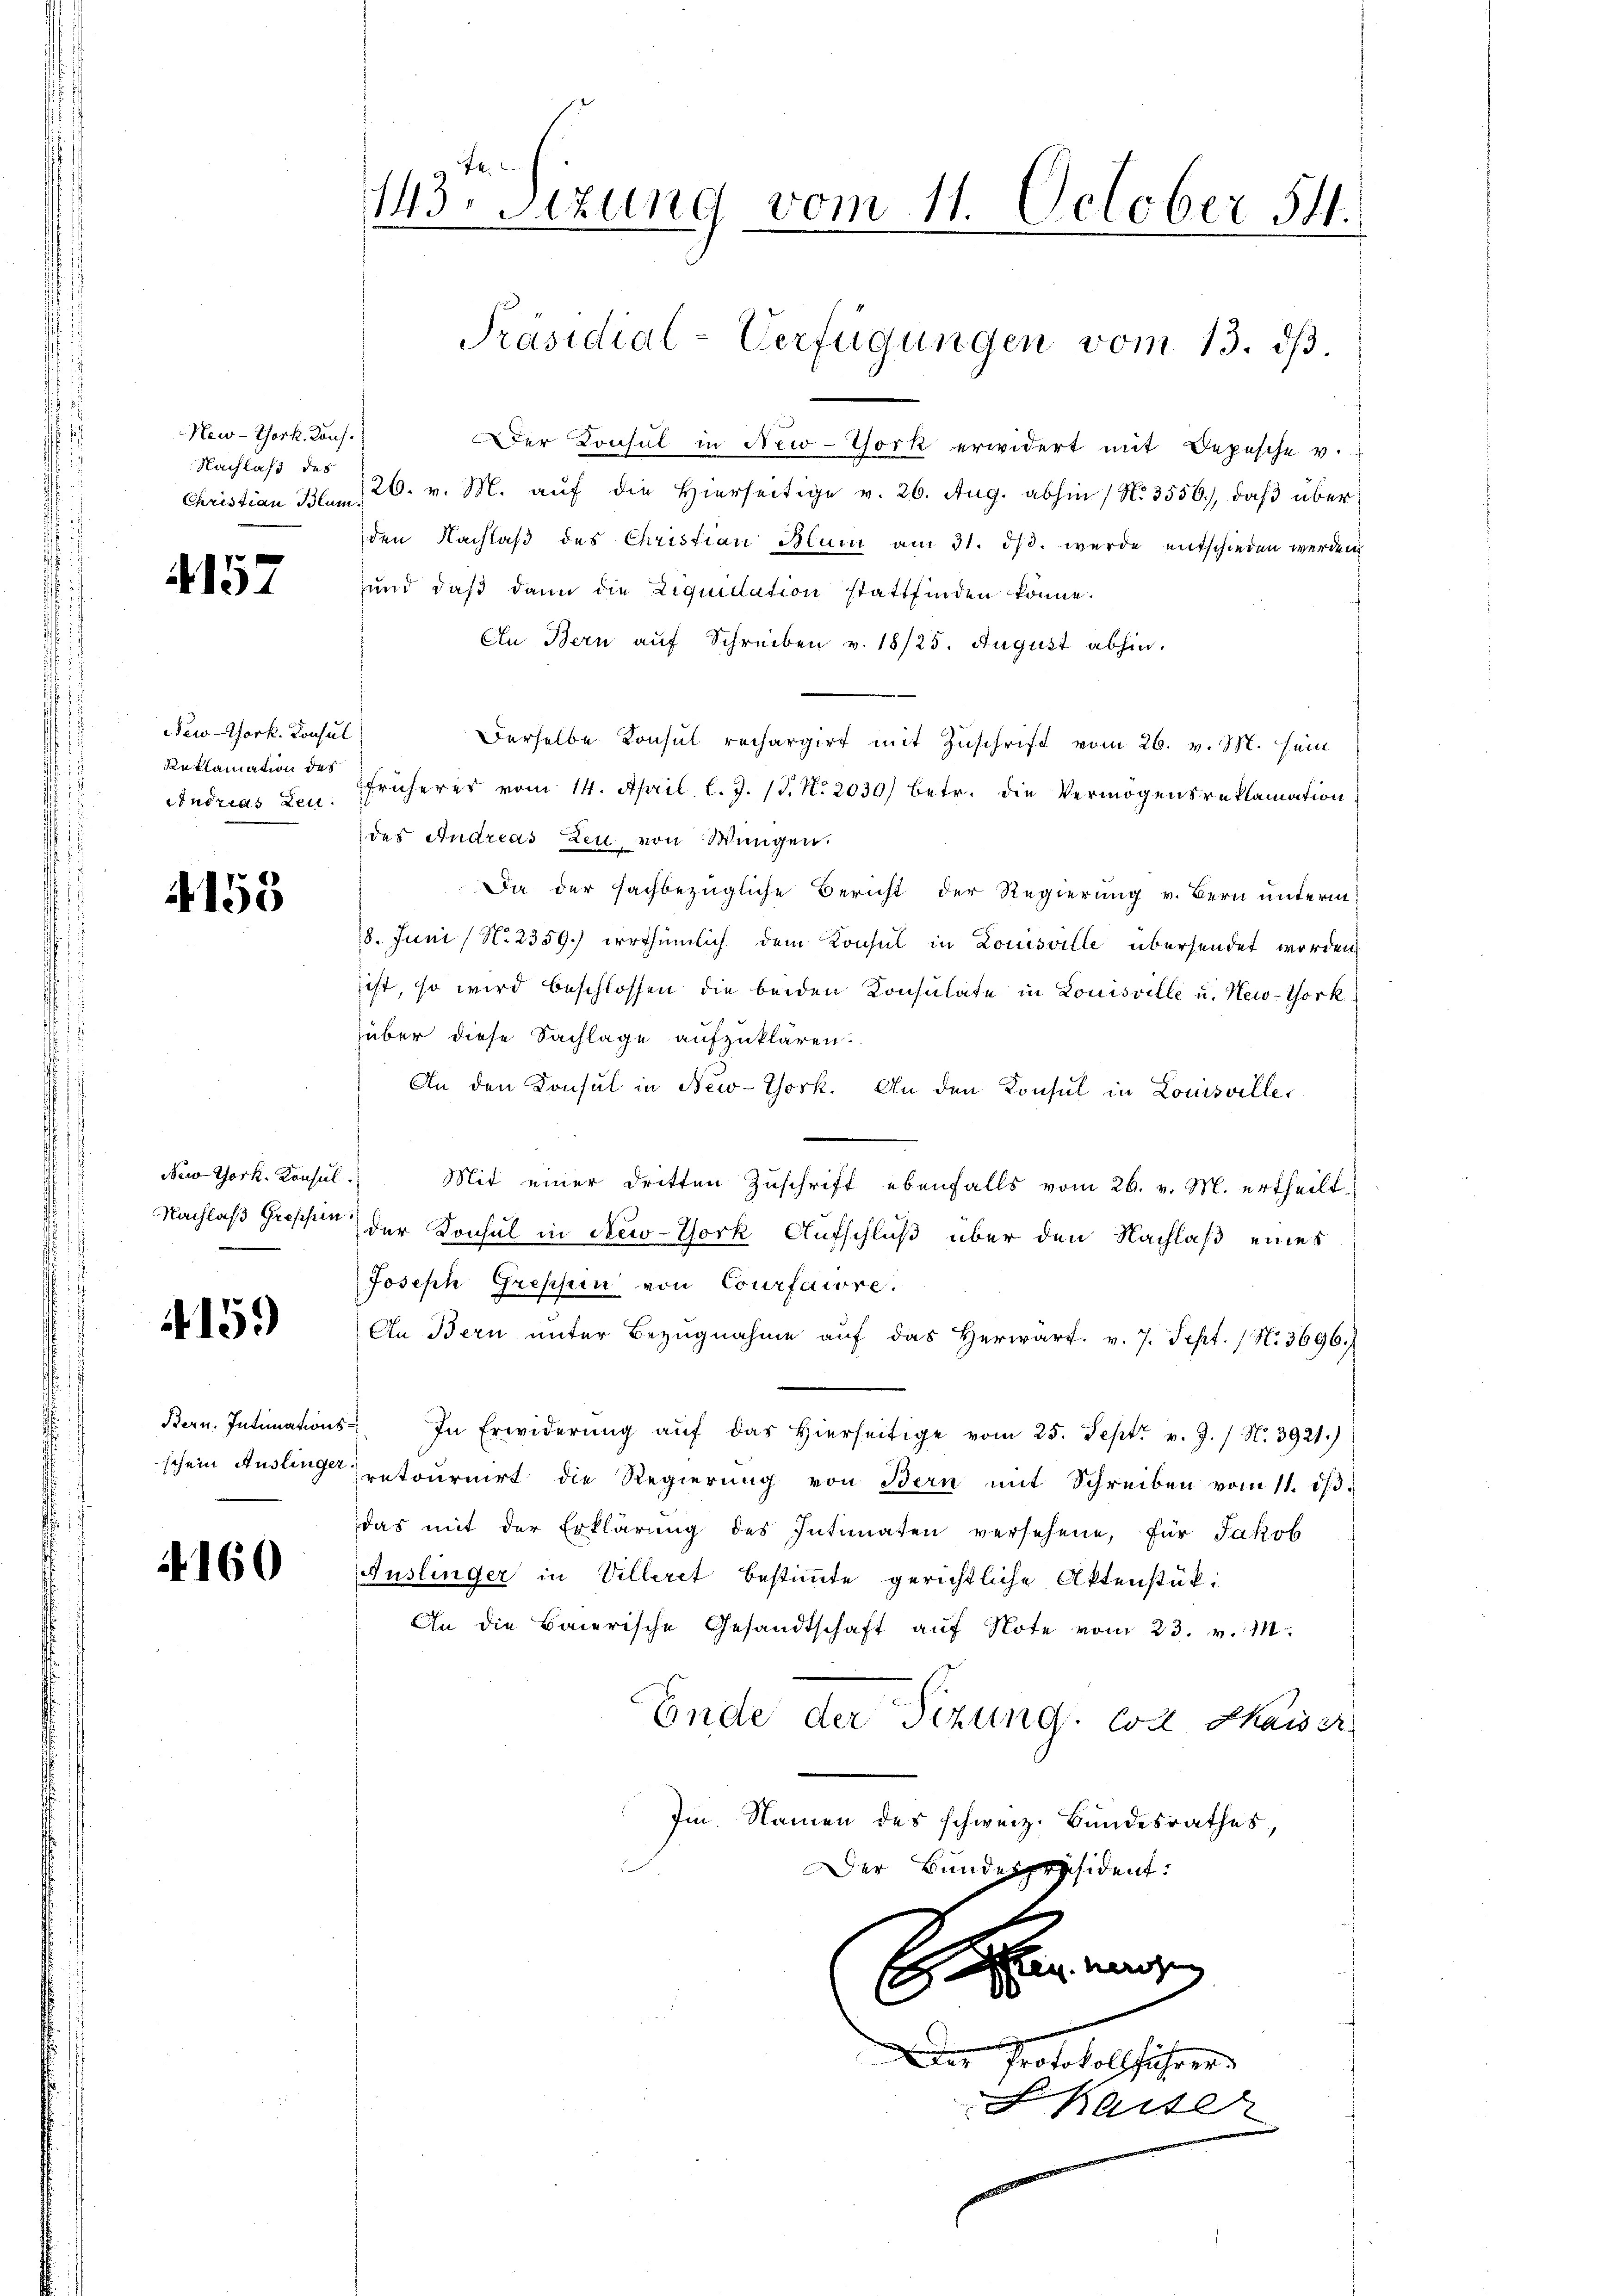
New-York. Kons.
Nachlass des

4157

New-York. Konsul
Senklamation des
Andrias Leu

4153

New-York. Konsul

4159

4160

143. Sitzung vom 11. October 54.

Der Konsul in New-York erwidert mit Depesche v.
Christian Blum, 26. v. M. auf die Hierseitige v. 26. Aug. abhin (No. 3556), daß über
den Nachlaβ des Christian Blum am 31. dβ. werde entschieden werden
und daß dann die Liquidation stattfinden könne.
En Bern auf Schreiben v. 18/25. August abhin.
Derselbe Konsul rechargirt mit Zuschrift vom 26. v. 18. sein
früheres vom 14. April l. J. 17. No. 2030) betr. die Vermögensreklamation
des Andreas Zeu, von Wangen.
Da der sachbezügliche Bericht der Regierung v. Bern unterm
18. Juni / N. 2359.) irrthümlich dem Konsul in Louisville übersendet worden
ist, so wird beschlossen die beiden Konsulate in Louisville u. New-York
über diese Sachlage aufzuklären.
An den Konsul in New-York. An den Konsul in Louisville¬
Mit einer dritten Zuschrift ebenfalls vom 26. v. M. ertheilt.
Nachlaß grosse der Konsul in New-York Aufschluß über den Nachlaß eines
Joseph Gressin von Courfaire.
An Bern unter Bezŭgnahme auf das Herwart. v. 7. Sept. (N. 3696.
Bern. Intimations- In Erwiderŭng aŭf das hierseitige vom 25. Sept. v. J. / N. 3921.)
schein Auslinge retournirt die Regierung von Bern mit Schreiben vom 11. ds.
das mit der Erklärŭng des Intimaten versehene, für Jakob
Auslinger in Villeret bestimmte gerichtliche Aktenstük¬
An die Baierische Gesandtschaft aŭf Note vom 23. v. M
Ende der Sizung, lot Kaiser
Im Namen des schweiz. Bundesrathes,
Der Bundespräsident.

Präsidial-Verfügungen vom 13. dβ.

nenbergemein
Der Protokollführer

Saiter